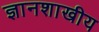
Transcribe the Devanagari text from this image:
ज्ञानशाखीय